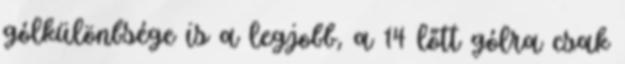
gólkülönbsége is a legjobb, a 14 lőtt gólra csak